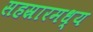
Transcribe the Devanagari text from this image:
सहस्रारमध्य